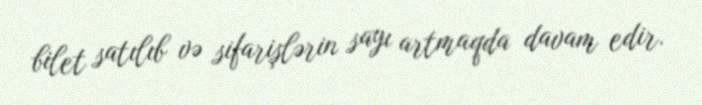
bilet satılıb və sifarişlərin sayı artmaqda davam edir.